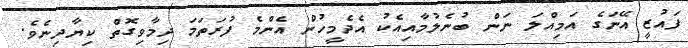
ފައުޒީ އޭނަގެ އަމިއްލަ ނަން ބުނެލުމާއިއެކު އެދެމީހުން އެންމެ ފުރަތަމަ ދިމާވިގޮތް ކިޔާދިނެވެ.